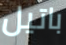
باتيل